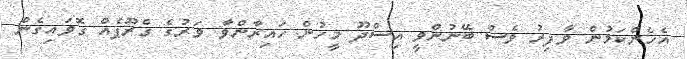
އެހެންކަމުން ވާފިރު ވެސް ބޭނުންވީ އިސްދޫ މީހުން ހައިރާންވާ ވަރުގެ ގްރޫޕެއް ގޮވައިގެން